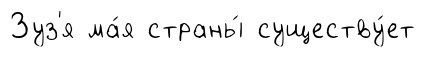
Зуз'я ма́я страны́ существу́ет